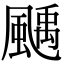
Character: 𩘉